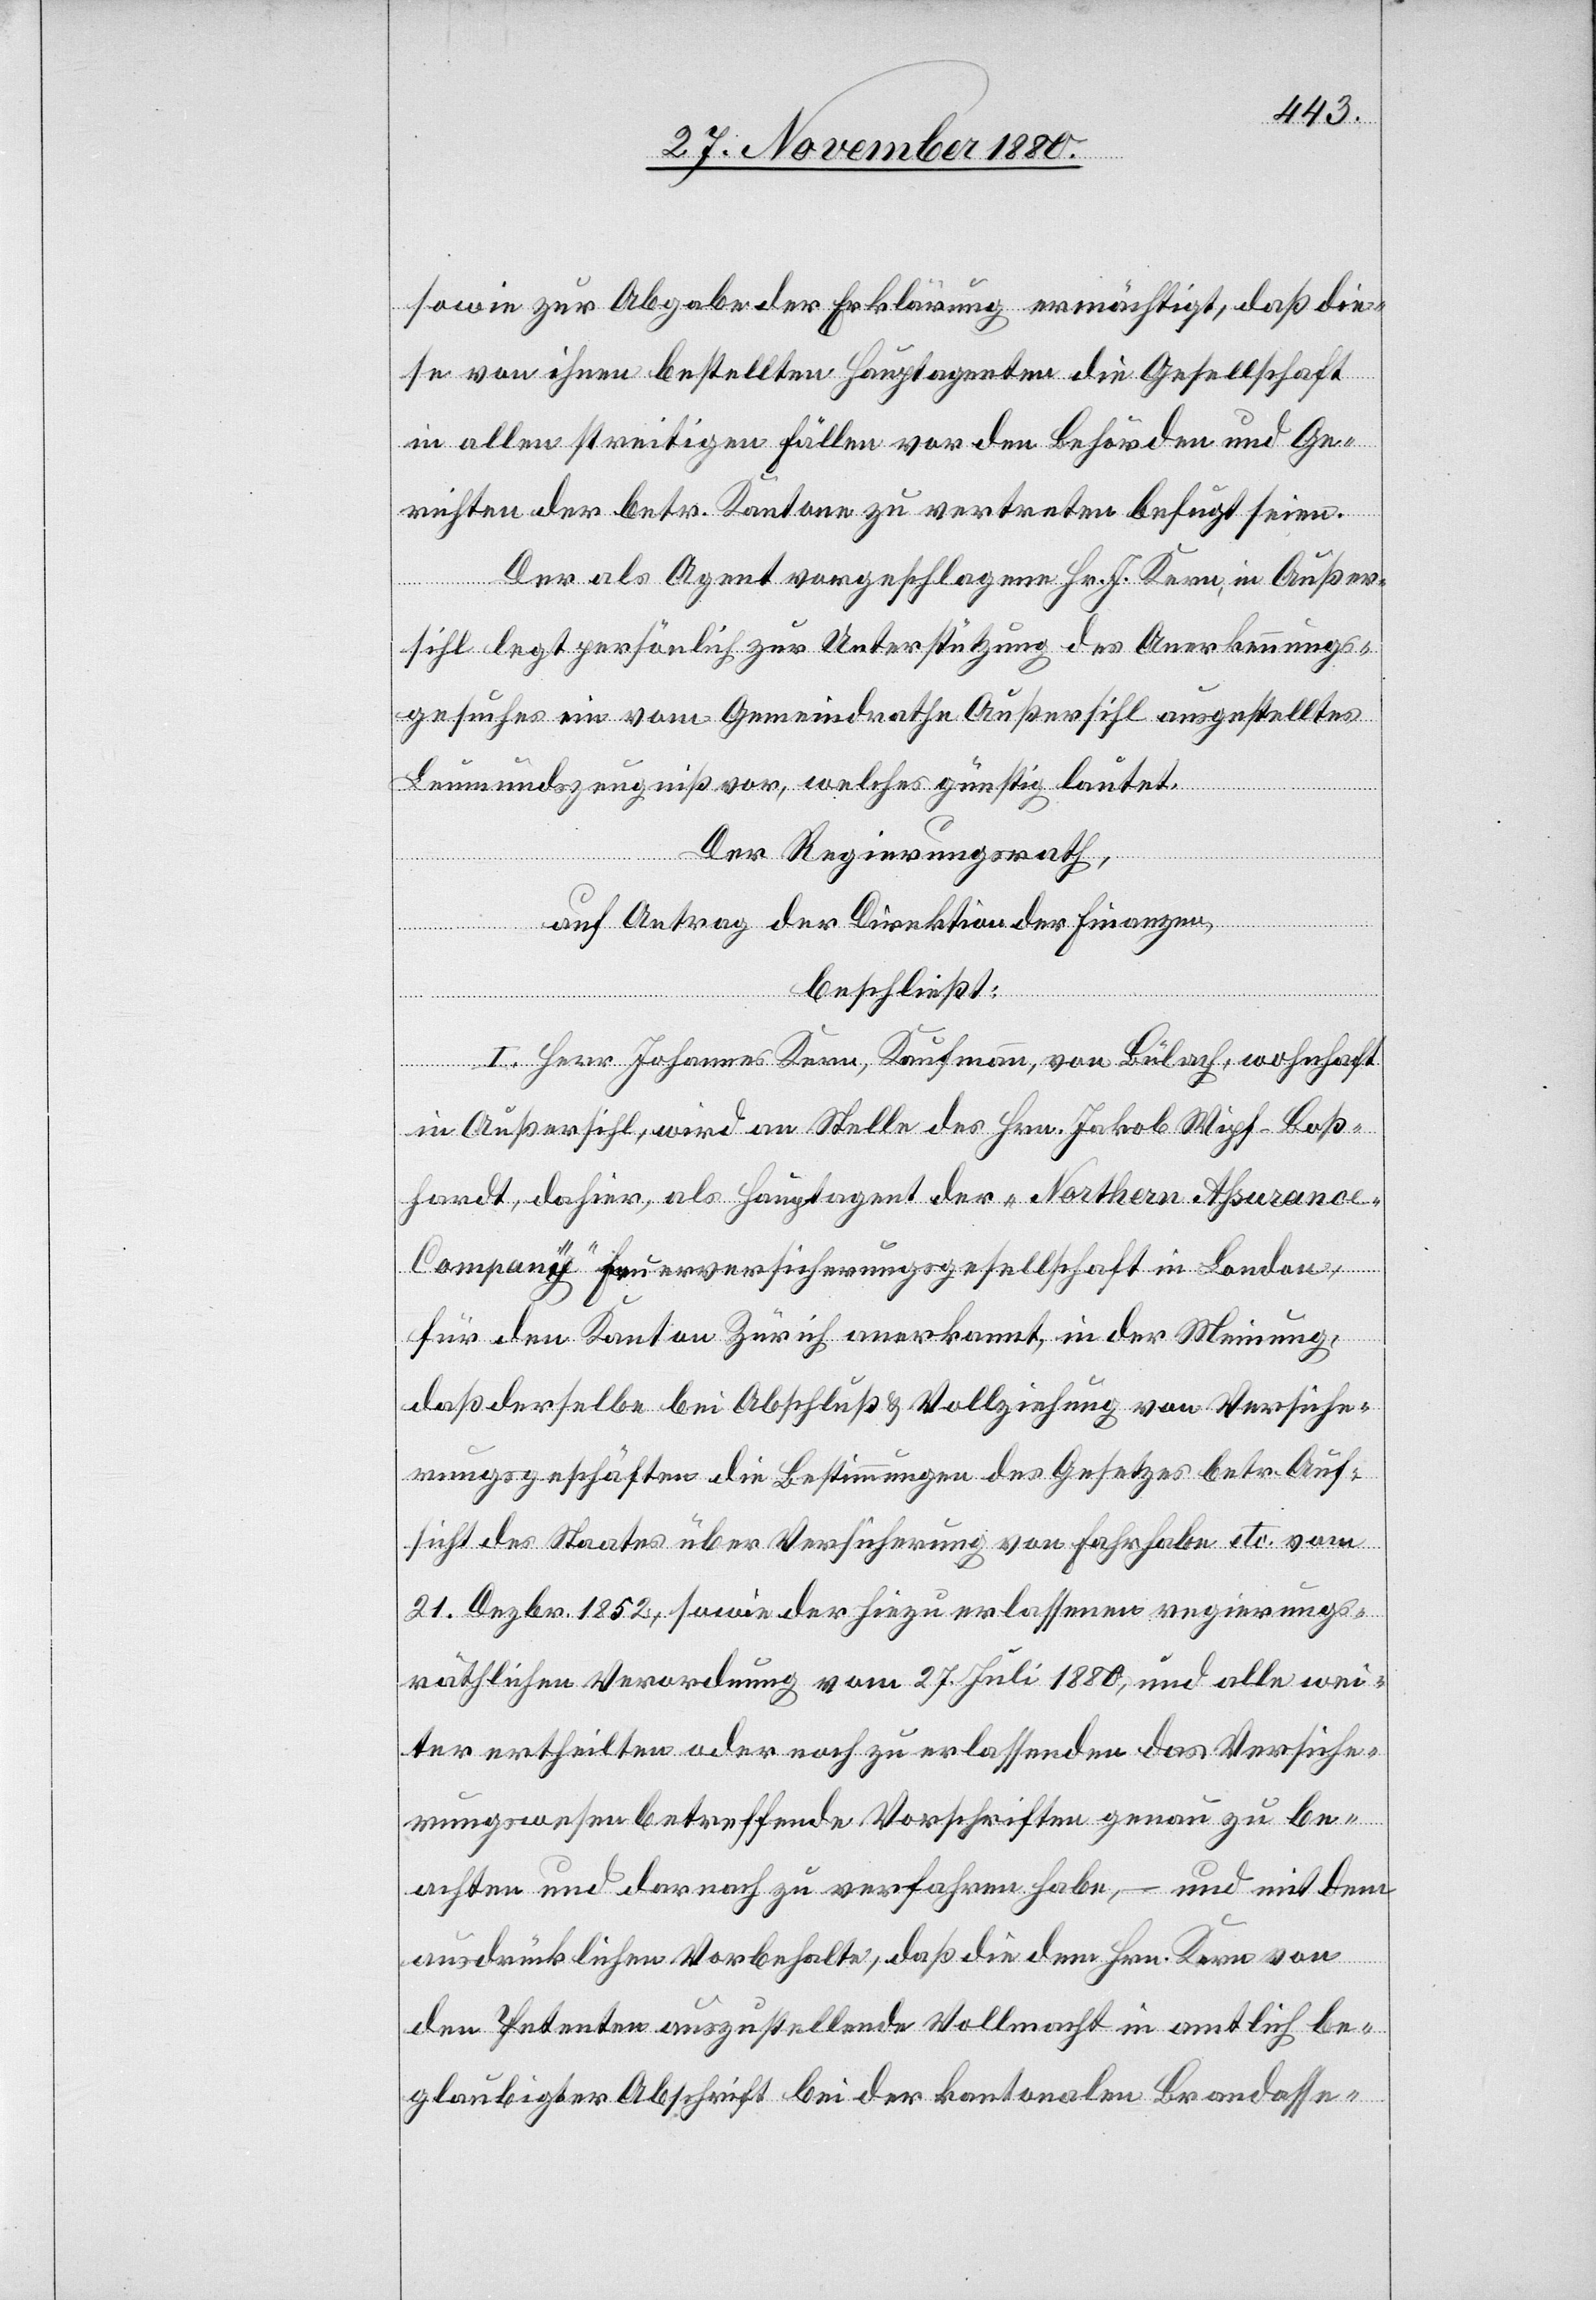
sowie zur Abgabe der Erklärung ermächtigt, daß die¬
se von ihnen bestellten Hauptagenten die Gesellschaft
in allen streitigen Fällen vor den Behörden und Ge¬
richten der betr. Kantone zu vertreten befugt seien.
Der als Agent vorgeschlagene Hr. J. Kern, in Außer¬
sihl legt persönlich zur Unterstützung des Anerkennungs¬
gesuches ein vom Gemeindrathe Außersihl ausgestelltes
Leumundszeugniß vor, welches günstig lautet.
Der Regierungsrath,
auf Antrag der Direktion der Finanzen,
beschließt:
I. Herr Johannes Kern, Kaufmann, von Basel, wohnhaft
in Außersihl, wird an Stelle des Hrn. Jakob Wipf-Boß¬
hardt, dahier, als Hauptagent der „Northern Assurance-C¬
ompany“ Feuerversicherungsgesellschaft in London,
für den Kanton Zürich anerkannt, in der Meinung,
daß derselbe bei Abschluß & Vollziehung von Versiche¬
rungsgeschäften die Bestimmungen des Gesetzes betr. Auf¬
sicht des Staates über Versicherung von Fahrhabe etc. vom
21. Dezbr. 1852, sowie der hiezu erlassenen regierungs¬
räthlichen Verordnung vom 27. Juli 1880, und alle wei¬
ter ertheilten oder noch zu erlassenden das Versiche¬
rungswesen betreffende Vorschriften genau zu be¬
achten und darnach zu verfahren habe, – und mit dem
ausdrücklichen Vorbehalte, daß die dem Hrn. Kern von
den Petenten auszustellende Vollmacht in amtlich be¬
glaubigter Abschrift bei der kantonalen Brandasse-